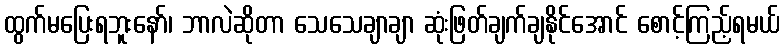
ထွက်မပြေးရဘူးနော်၊ ဘာလဲဆိုတာ သေသေချာချာ ဆုံးဖြတ်ချက်ချနိုင်အောင် စောင့်ကြည့်ရမယ်